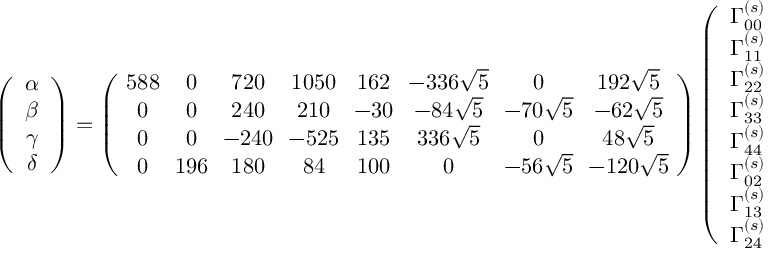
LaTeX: \left( \begin{array} { c } { { \alpha } } \\ { { \beta } } \\ { { \gamma } } \\ { { \delta } } \end{array} \right) = \left( \begin{array} { c c c c c c c c } { { \! 5 8 8 \! } } & { { 0 } } & { { 7 2 0 } } & { { \! 1 0 5 0 \! } } & { { \! 1 6 2 \! } } & { { \! - 3 3 6 \sqrt { 5 } \! } } & { { 0 } } & { { 1 9 2 \sqrt { 5 } } } \\ { { 0 } } & { { 0 } } & { { 2 4 0 } } & { { 2 1 0 } } & { { \! - 3 0 \! } } & { { - 8 4 \sqrt { 5 } } } & { { \! - 7 0 \sqrt { 5 } \! } } & { { - 6 2 \sqrt { 5 } } } \\ { { 0 } } & { { 0 } } & { { \! - 2 4 0 \! } } & { { \! - 5 2 5 \! } } & { { \! 1 3 5 \! } } & { { 3 3 6 \sqrt { 5 } } } & { { 0 } } & { { 4 8 \sqrt { 5 } } } \\ { { 0 } } & { { \! 1 9 6 \! } } & { { 1 8 0 } } & { { 8 4 } } & { { \! 1 0 0 \! } } & { { 0 } } & { { \! - 5 6 \sqrt { 5 } \! } } & { { \! - 1 2 0 \sqrt { 5 } \! } } \end{array} \right) \left( \begin{array} { c } { { \Gamma _ { 0 0 } ^ { ( s ) } } } \\ { { \Gamma _ { 1 1 } ^ { ( s ) } } } \\ { { \Gamma _ { 2 2 } ^ { ( s ) } } } \\ { { \Gamma _ { 3 3 } ^ { ( s ) } } } \\ { { \Gamma _ { 4 4 } ^ { ( s ) } } } \\ { { \Gamma _ { 0 2 } ^ { ( s ) } } } \\ { { \Gamma _ { 1 3 } ^ { ( s ) } } } \\ { { \Gamma _ { 2 4 } ^ { ( s ) } } } \end{array} \right) .